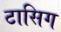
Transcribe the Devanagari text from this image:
टासिग